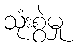
သုံးစွဲမှု